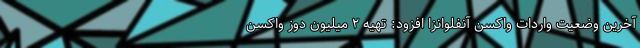
آخرین وضعیت واردات واکسن آنفلوانزا افزود: تهیه ۲ میلیون دوز واکسن